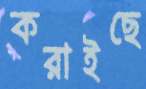
করাইছে